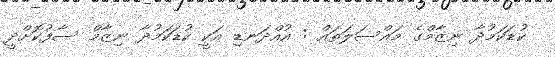
ކުޑަކަމުދާ ނިޒާމްގެ މައްސަލަތައް : އުއްދަނޑި އަކީ ކުޑަކަމުދާ ނިޒާމް ސާފުކޮށްދީ